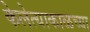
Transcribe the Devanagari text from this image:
केलेत्याकाळच्या